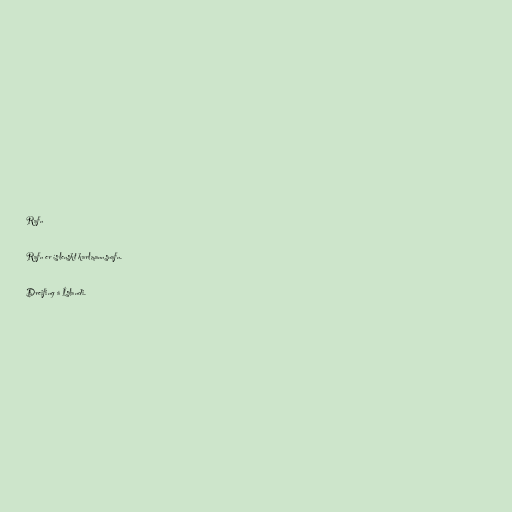
Rafn

Rafn er íslenskt karlmannsnafn.

Dreifing á Íslandi.